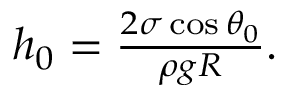
\begin{array} { r } { h _ { 0 } = \frac { 2 \sigma \cos \theta _ { 0 } } { \rho g R } . } \end{array}